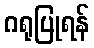
ဂရုပြုရန်